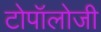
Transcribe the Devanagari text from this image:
टोपॉलोजी